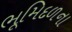
ભૂમિદળના